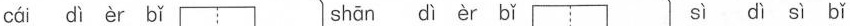
cái dì èr bǐ shān dì èr bǐ sì dì sì bǐ